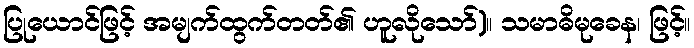
ပြုယောင်ဖြင့် အမျက်ထွက်တတ်၏ ဟူလိုသော်)။ သမာဓိမုခေန၊ ဖြင့်။